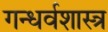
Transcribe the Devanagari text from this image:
गन्धर्वशास्त्र